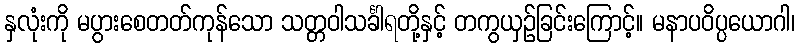
နှလုံးကို မပွားစေတတ်ကုန်သော သတ္တဝါသင်္ခါရတို့နှင့် တကွယှဉ်ခြင်းကြောင့်။ မနာပဝိပ္ပယောဂါ၊